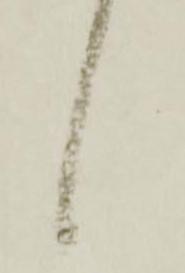
候